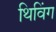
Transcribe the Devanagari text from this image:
थिविंग